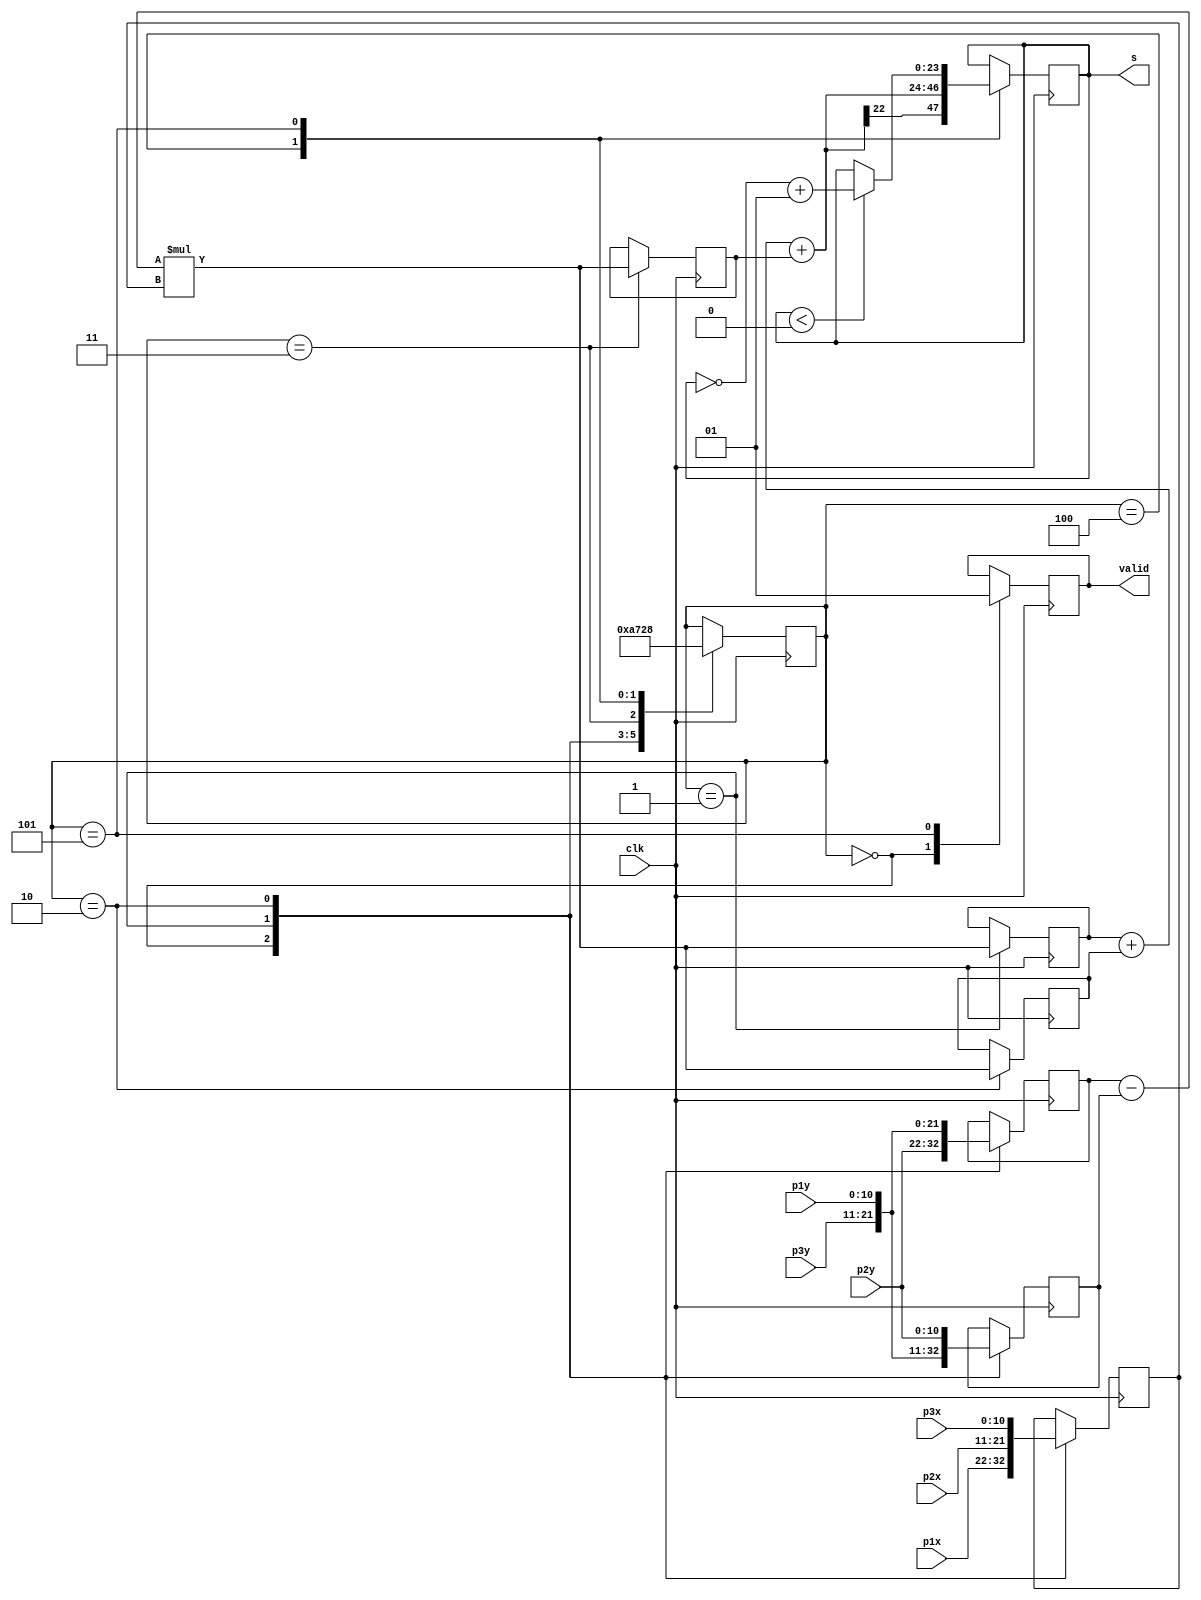
module trianguloarea(input clk,
	             input signed [10:0] p1x, p1y, p2x, p2y, p3x, p3y,
		     output reg signed [23:0] s,
		     output reg valid);

   	reg [2:0]state = 1;
   	reg signed [10:0]a, b, c;
   	reg signed [20:0] t1, t2, t3;
   	wire signed [20:0] ts;
   	wire signed [21:0] t4;
   
   	assign ts = (a - b) * c;
   	assign t4 = t1 + t2;
 
   	always @(negedge clk) begin
      		case (state)
			0: begin
		 	   	state <= 1;
			  	valid = 0;
			   	a <= p2y;
			   	b <= p3y;
			   	c <= p1x; 
			end
			1: begin
		 	    state <= 2;
			    t1 <= ts;
			    a <= p3y;
			    b <= p1y;
			    c <= p2x;
			end
			2: begin
		 	   	state <= 3;
			   	t2 <= ts;
			   	a <= p1y;
			   	b <= p2y;
			   	c <= p3x;
			end
			3:begin
			   	t3 <= ts;
			   	state <= 4;
			end
			4:begin
			   	s <= t4 + t3;
			   	state <= 5;
			end
			5:begin
			   	s = (s < 0) ? ~s + 1 : s;
			   	state <= 0;
			   	valid <= 1;
			end
      		endcase
   	end
endmodule